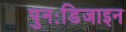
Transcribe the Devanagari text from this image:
पुनःडिजाइन